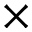
\times